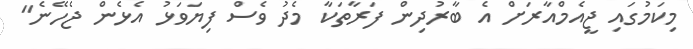
މިކަމުގައި ޖީއެމްއާރަށް އެ ބާރުދިން ފަރާތަކާ މެދު ވެސް ފިޔަވަޅު އެޅެން ޖެހޭނެ"